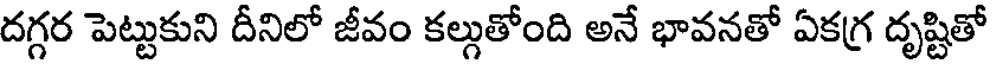
దగ్గర పెట్టుకుని దీనిలో జీవం కల్గుతోంది అనే భావనతో ఏకగ్ర దృష్టితో